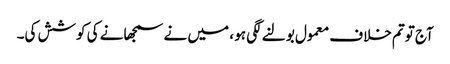
آج توتم خلاف معمول بولنے لگی ہو ، میں نے سمجھانے کی کوشش کی۔